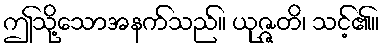
ဤသို့သောအနက်သည်။ ယုဇ္ဇတိ၊ သင့်၏။